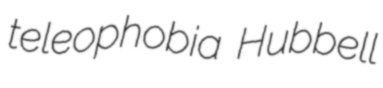
teleophobia Hubbell